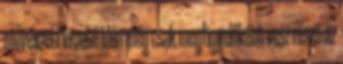
művészeti vezető Idén még csak megfigyelőként vesz részt az